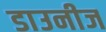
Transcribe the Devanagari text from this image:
डाउनीज